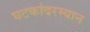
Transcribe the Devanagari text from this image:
घटकांदरम्यान